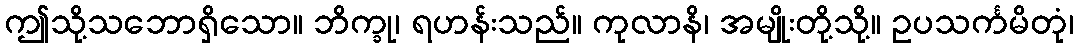
ဤသို့သဘောရှိသော။ ဘိက္ခု၊ ရဟန်းသည်။ ကုလာနိ၊ အမျိုးတို့သို့။ ဥပသင်္ကမိတုံ၊